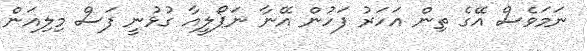
ނަމަވެސް އޭގެ ތިން އަހަރު ފަހުން އޭނާ ނަޕޯލީއާ ގުޅުނީ ފަސް މިލިއަން